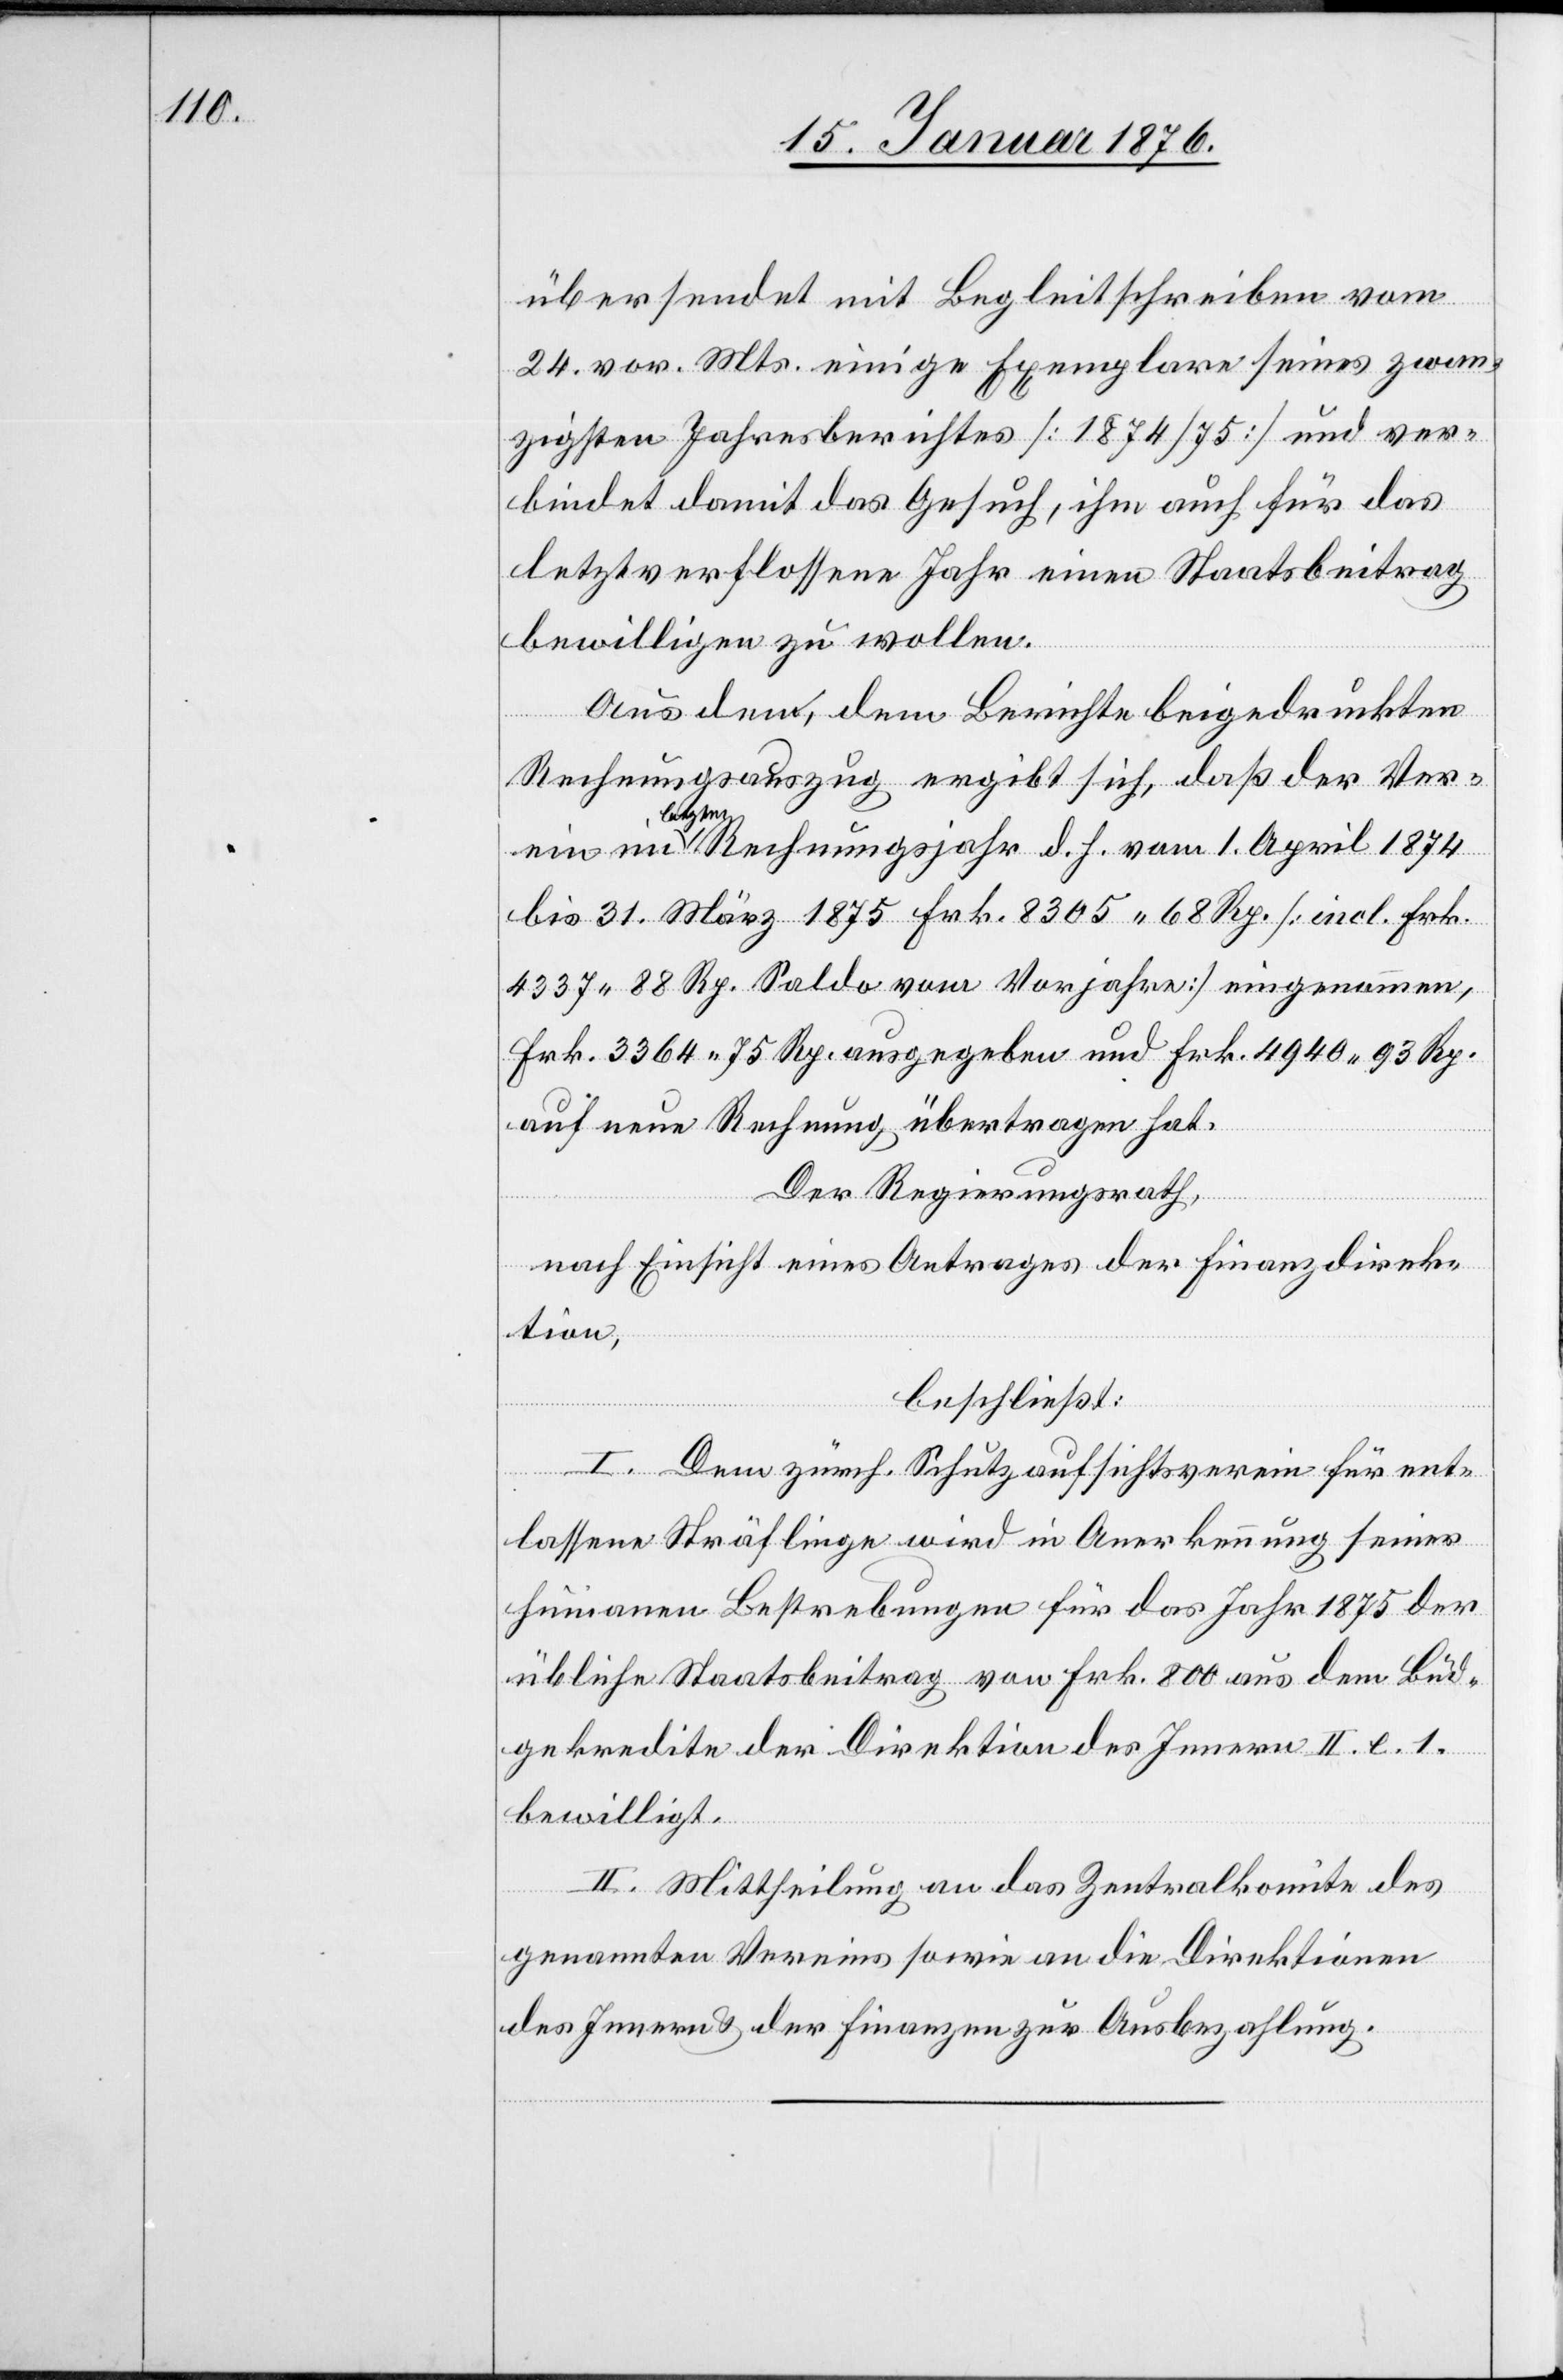
übersendet mit Begleitschreiben vom
24. vor. Mts. einige Exemplare seines zwan¬
zigsten Jahresberichtes [1874/75] und ver¬
bindet damit das Gesuch, ihm auch für das
letztverflossene Jahr einen Staatsbeitrag
bewilligen zu wollen.
Aus dem, dem Berichte beigedruckten
Rechnungsauszug ergibt sich, daß der Ver¬
letzt¬
en Rechnungsjahr d. h. vom 1. April 1874
bis 31. März 1875 Frk. 8305.68 Rp. [incl. Frk.
4337.88 Rp. Saldo vom Vorjahre] eingenommen,
Frk. 3364.75 Rp. ausgegeben und Frk. 4940.93 Rp.
auf neue Rechnung übertragen hat.
Der Regierungsrath,
nach Einsicht eines Antrages der Finanzdirek¬
tion,
beschließt:
I. Dem zürch. Schutzaufsichtsverein für ent¬
lassene Sträflinge wird in Anerkennung seiner
humanen Bestrebungen für das Jahr 1875 der
übliche Staatsbeitrag von Frk. 800 aus dem Büd¬
getkredite der Direktion des Innern II. l. 1.
bewilligt.
II. Mittheilung an das Zentralkomite des
genannten Vereins sowie an die Direktion
des Innern u. der Finanzen zur Ausbezahlung.